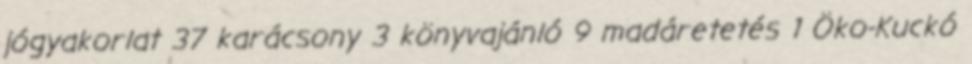
jógyakorlat 37 karácsony 3 könyvajánló 9 madáretetés 1 Öko-Kuckó